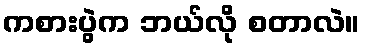
ကစားပွဲက ဘယ်လို စတာလဲ။